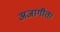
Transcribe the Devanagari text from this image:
अजागीत।